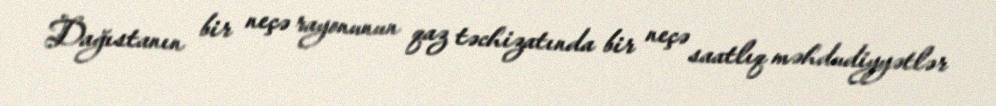
Dağıstanın bir neçə rayonunun qaz təchizatında bir neçə saatlıq məhdudiyyətlər